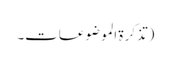
(تذکرۃ الموضوعات۔